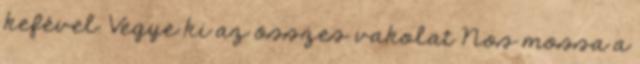
kefével. Vegye ki az összes vakolat Nos mossa a